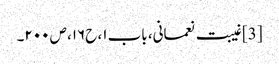
[3] غیبت نعمانی، باب ۱، ح۱۶، ص ۲۰۰۔